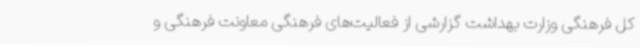
کل فرهنگی وزارت بهداشت گزارشی از فعالیت‌های فرهنگی معاونت فرهنگی و